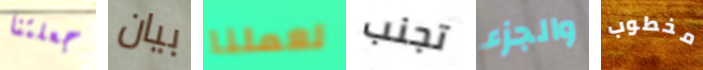
جعلتنا بيان لعملنا تجنب والجزء مخطوب